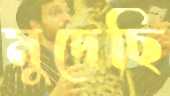
মুদেছি